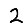
Digit: 2